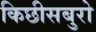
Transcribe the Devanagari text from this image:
किछीसबुरो